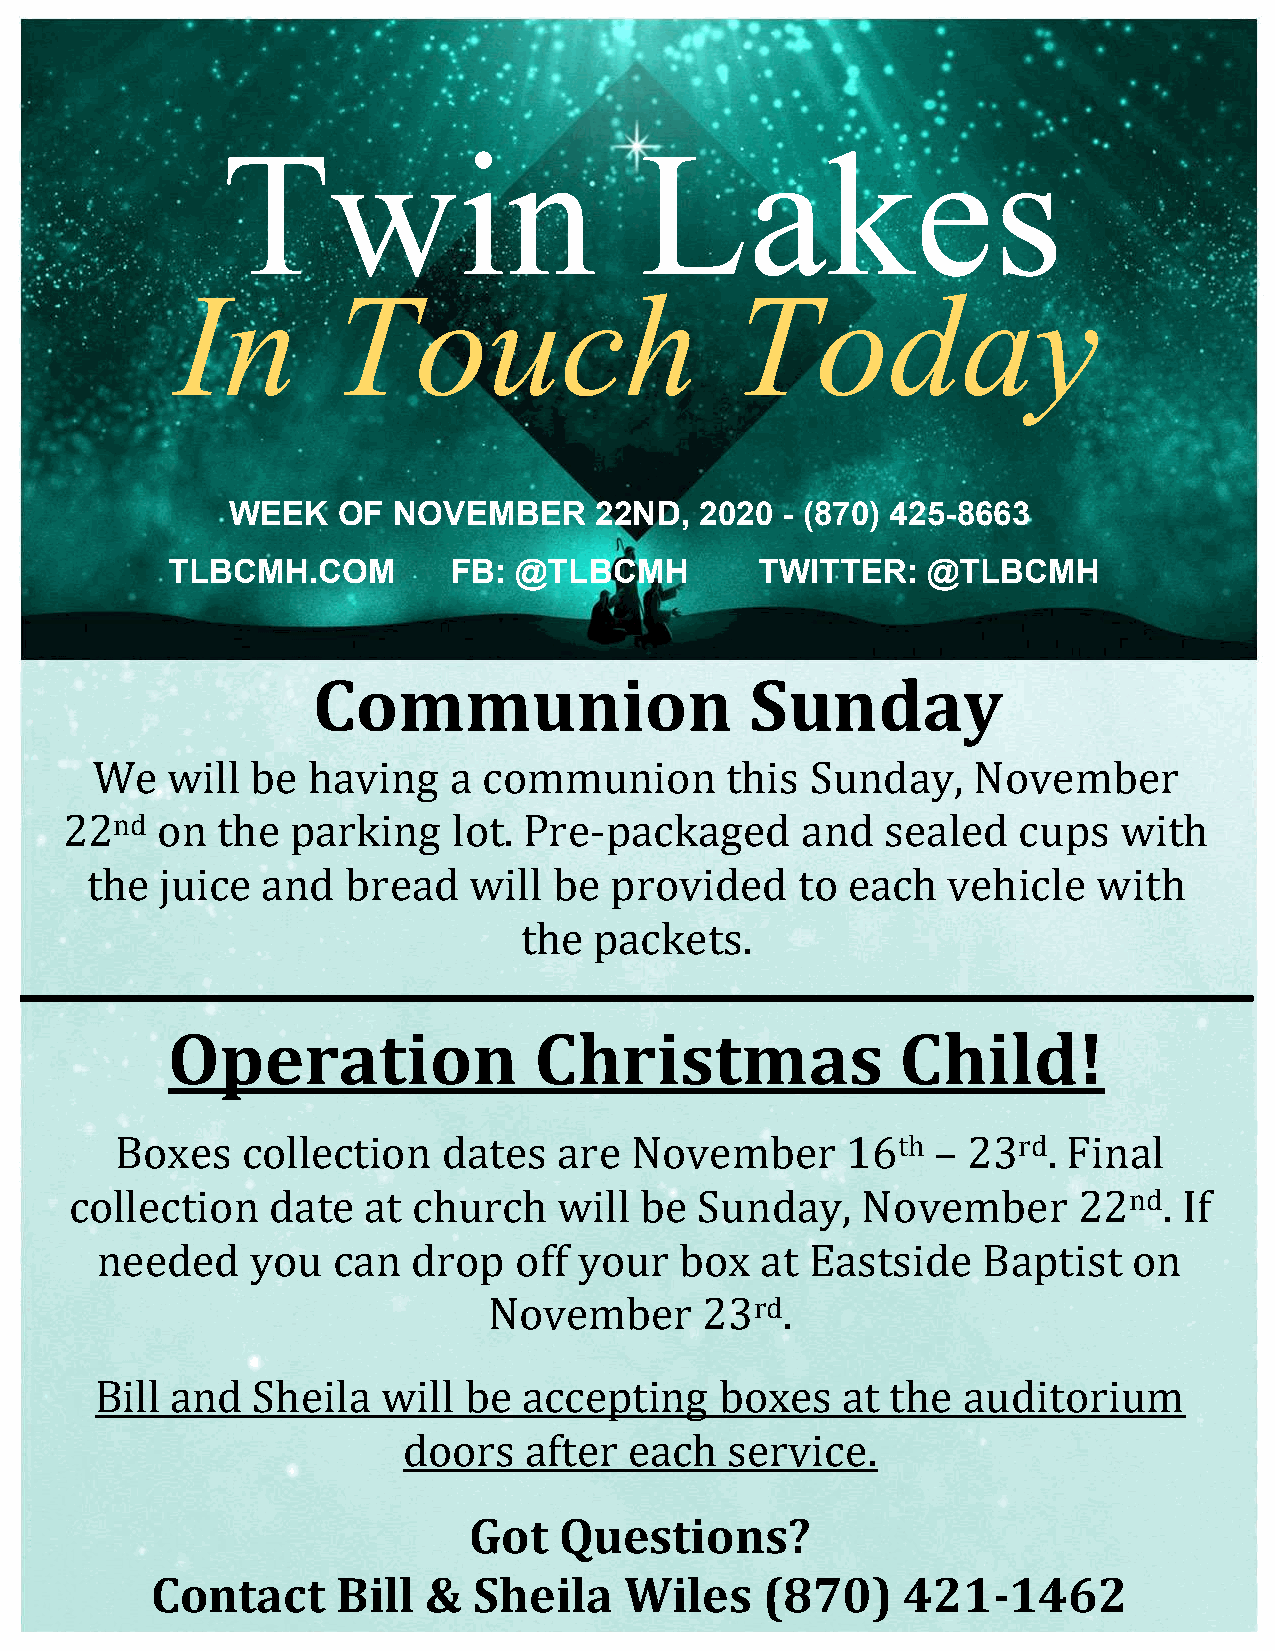
In        Touch                      Today
 WEEK   OF  NOVEMBER     22ND,  2020  - (870) 425-8663
 TLBCMH.COM         FB: @TLBCMH         TWITTER:   @TLBCMH
 Communion                    Sunday
 We   will  be having    a communion       this  Sunday,   November
 22nd  on  the  parking    lot. Pre-packaged      and   sealed  cups   with
 the  ju ice and  bread   will  be provided     to each   vehicle   with
 the  packets.
 Operation               Christmas                Child!
 Boxes   collection   dates   are  November      16th  – 23rd.  Final
 collect ion  date  at church    will be  Sunday,    November      22nd.  If
 need   ed  you  can  drop   off your   box  at  Eastside   Baptist   on
 November       23rd.
 Bill and   Sheila  will  be  accepting    boxes   at the  auditorium
 doors   after  each  service.
 Got   Questions?
 Contact     Bill  &  Sheila    Wiles     (870)    421-1462